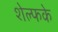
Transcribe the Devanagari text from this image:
शेल्फके